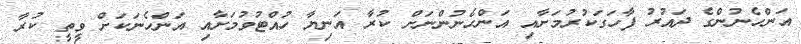
އަންހެނުންގެ ދައުރު ފާހަގަކުރުމަށާއި އަންހެނުންނަށް ކުރާ އަނިޔާ ހުއްޓުވުމަށާއި އަންހެނަކަށް ވީތީ ކުރާ